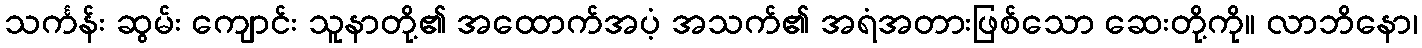
သင်္ကန်း ဆွမ်း ကျောင်း သူနာတို့၏ အထောက်အပံ့ အသက်၏ အရံအတားဖြစ်သော ဆေးတို့ကို။ လာဘိနော၊